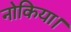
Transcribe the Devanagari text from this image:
नोकिया।